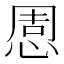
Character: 𢛇